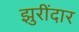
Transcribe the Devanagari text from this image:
झुरींदार